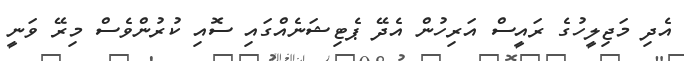
އެދި މަޖިލީހުގެ ރައީސް އަރިހުން އެދޭ ޕެޓިޝަނެއްގައި ސޮއި ކުރުންވެސް މިރޭ ވަނީ